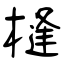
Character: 槰